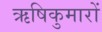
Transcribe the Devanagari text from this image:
ऋषिकुमारों